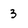
Character: 3